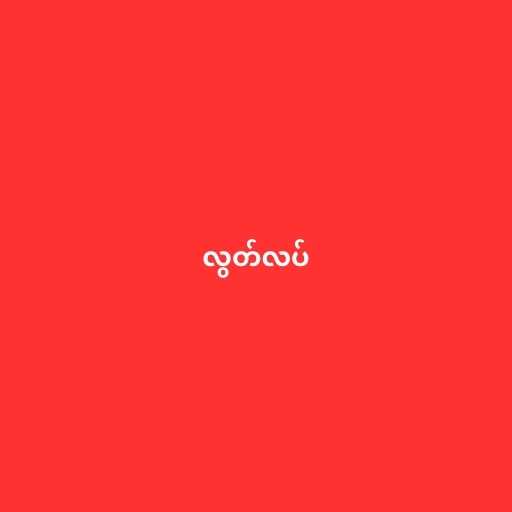
လွတ်လပ်